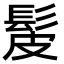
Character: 髲